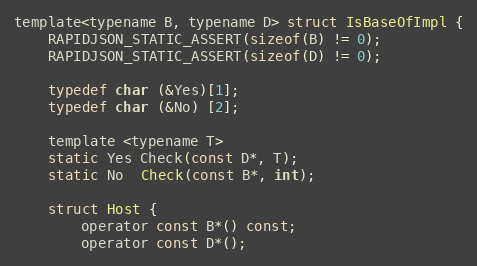
Language: C
template<typename B, typename D> struct IsBaseOfImpl {
    RAPIDJSON_STATIC_ASSERT(sizeof(B) != 0);
    RAPIDJSON_STATIC_ASSERT(sizeof(D) != 0);

    typedef char (&Yes)[1];
    typedef char (&No) [2];

    template <typename T>
    static Yes Check(const D*, T);
    static No  Check(const B*, int);

    struct Host {
        operator const B*() const;
        operator const D*();